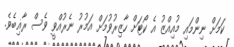
ކަމަށް ނިންމައި މުއިއްޒު އެ ކޯޓަށް ހާޒިރުވުމަށް އަމުރު ނެރުއްވީ ވެސް ރާޣިބެވެ.